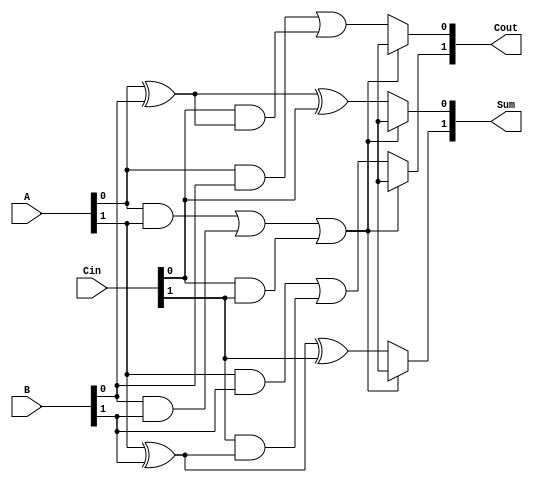
module dual_rail_full_adder (
    input wire [1:0] A,    // Dual-rail representation of first input
    input wire [1:0] B,    // Dual-rail representation of second input
    input wire [1:0] Cin,   // Dual-rail representation of carry-in
    output reg [1:0] Sum,   // Dual-rail representation of sum output
    output reg [1:0] Cout   // Dual-rail representation of carry output
);

// Internal wires for intermediate signals
wire A0, A1, B0, B1, Cin0, Cin1;
wire S0, S1; // Intermediate sum outputs
wire C0, C1; // Intermediate carry outputs

// Assign dual-rail signals to single bits
assign A0 = A[0];
assign A1 = A[1];
assign B0 = B[0];
assign B1 = B[1];
assign Cin0 = Cin[0];
assign Cin1 = Cin[1];

// Compute the intermediate sum and carry outputs
assign S0 = (A0 ^ B0) ^ Cin0; // Sum when all inputs are 0
assign S1 = (A1 ^ B1) ^ Cin1; // Sum when all inputs are 1

assign C0 = (A0 & B0) | (Cin0 & (A0 ^ B0)); // Carry out when all inputs are 0
assign C1 = (A1 & B1) | (Cin1 & (A1 ^ B1)); // Carry out when all inputs are 1

// Output assignment based on computed values
always @(*) begin
    // Validity checking for dual-rail inputs
    if ((A0 && A1) || (B0 && B1) || (Cin0 && Cin1)) begin
        // Invalid state: both rails cannot be high
        Sum = 2'bxx;  // Invalid output
        Cout = 2'bxx; // Invalid output
    end else begin
        // Assign sum outputs
        Sum[0] = S0; // Sum output for 0
        Sum[1] = S1; // Sum output for 1

        // Assign carry outputs
        Cout[0] = C0; // Carry output for 0
        Cout[1] = C1; // Carry output for 1
    end
end

endmodule